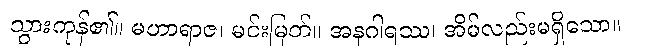
သွားကုန်၏။ မဟာရာဇ၊ မင်းမြတ်။ အနဂါရဿ၊ အိမ်လည်းမရှိသော။